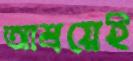
আশ্রয়েই